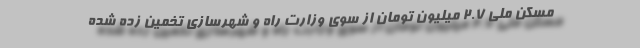
مسکن ملی ۲.۷ میلیون تومان از سوی وزارت راه و شهرسازی تخمین زده شده